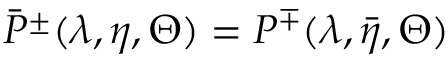
\bar { P } ^ { \pm } ( \lambda , \eta , \Theta ) = P ^ { \mp } ( \lambda , \bar { \eta } , \Theta )